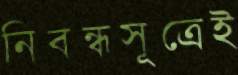
নিবন্ধসূত্রেই